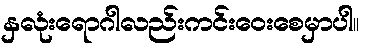
နှလုံးရောဂါလည်းကင်းဝေးစေမှာပါ။